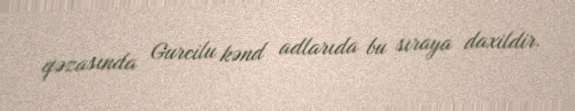
qəzasında Gurcilu kənd adlarıda bu sıraya daxildir.